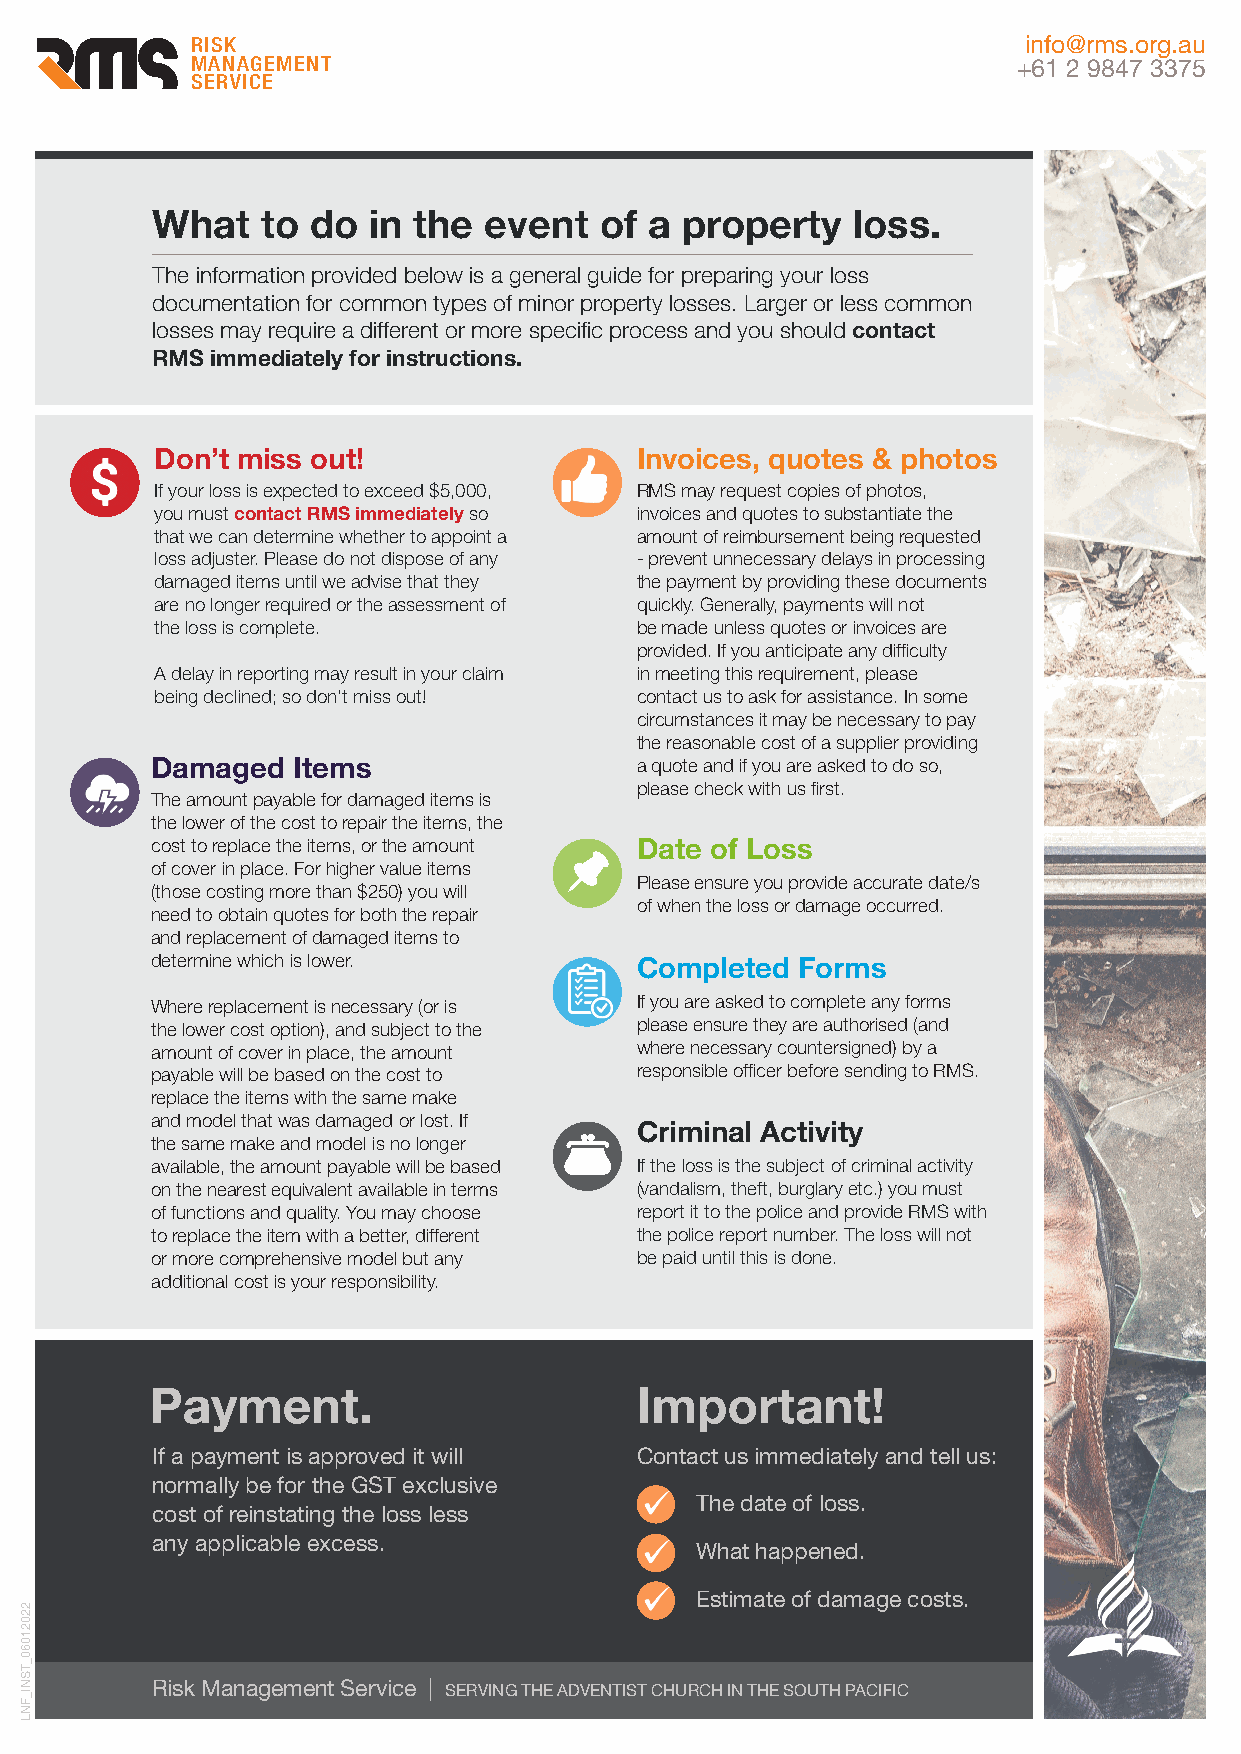
RISK                                                   info@rms.org.au
 MANAGEMENT                                            +61 2 9847 3375
 SERVICE
 What   to  do in the  event   of a property   loss.
 The information provided below is a general guide for preparing your loss
 documentation for common types of minor property losses. Larger or less common
 losses may require a different or more specific process and you should contact
 RMS immediately for instructions.
 Don’t miss out!                 Invoices, quotes & photos
 If your loss is expected to exceed $5,000, RMS may request copies of photos,
 you must contact RMS immediately so invoices and quotes to substantiate the
 that we can determine whether to appoint a amount of reimbursement being requested
 loss adjuster. Please do not dispose of any - prevent unnecessary delays in processing
 damaged items until we advise that they the payment by providing these documents
 are no longer required or the assessment of quickly. Generally, payments will not
 the loss is complete.           be made unless quotes or invoices are
 provided. If you anticipate any difficulty
 A delay in reporting may result in your claim in meeting this requirement, please
 being declined; so don’t miss out! contact us to ask for assistance. In some
 circumstances it may be necessary to pay
 the reasonable cost of a supplier providing
 Damaged  Items                  a quote and if you are asked to do so,
 please check with us first.
 The amount payable for damaged items is
 the lower of the cost to repair the items, the
 cost to replace the items, or the amount Date of Loss
 of cover in place. For higher value items
 Please ensure you provide accurate date/s
 (those costing more than $250) you will
 of when the loss or damage occurred.
 need to obtain quotes for both the repair
 and replacement of damaged items to
 determine which is lower.       Completed  Forms
 Where replacement is necessary (or is If you are asked to complete any forms
 the lower cost option), and subject to the please ensure they are authorised (and
 amount of cover in place, the amount where necessary countersigned) by a
 payable will be based on the cost to responsible officer before sending to RMS.
 replace the items with the same make
 and model that was damaged or lost. If
 Criminal Activity
 the same make and model is no longer
 available, the amount payable will be based If the loss is the subject of criminal activity
 on the nearest equivalent available in terms (vandalism, theft, burglary etc.) you must
 of functions and quality. You may choose report it to the police and provide RMS with
 to replace the item with a better, different the police report number. The loss will not
 or more comprehensive model but any be paid until this is done.
 additional cost is your responsibility.
 Payment.                        Important!
 If a payment is approved it will Contact us immediately and tell us:
 normally be for the GST exclusive
 • The date of loss.
 cost of reinstating the loss less
 any applicable excess.
 • What happened.
 • Estimate of damage costs.
 Risk Management Service | SERVING THE ADVENTIST CHURCH IN THE SOUTH PACIFIC
 22021060_TSNI_FNL